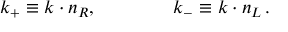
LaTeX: k _ { + } \equiv k \cdot n _ { R } , \qquad \qquad k _ { - } \equiv k \cdot n _ { L } \, .